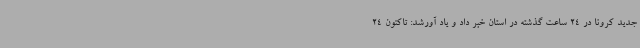
جدید کرونا در 24 ساعت گذشته در استان خبر داد و یاد آورشد: تاکنون 24